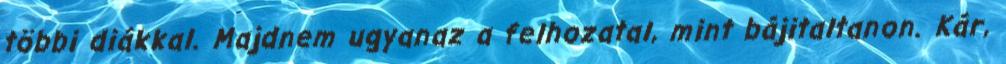
többi diákkal. Majdnem ugyanaz a felhozatal, mint bájitaltanon. Kár,